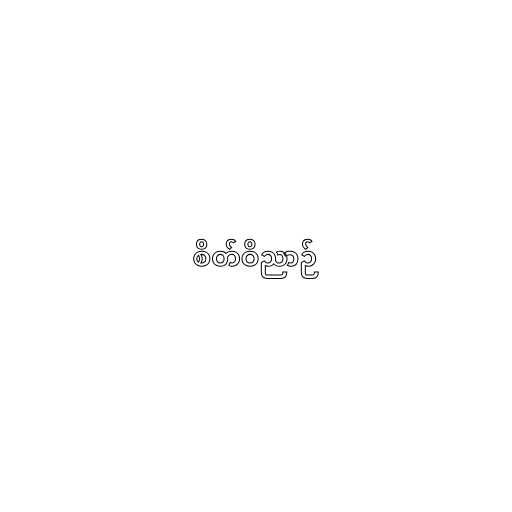
စိတ်ဝိညာဉ်